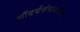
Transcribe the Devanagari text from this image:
सौंदर्यसंभावनाओं